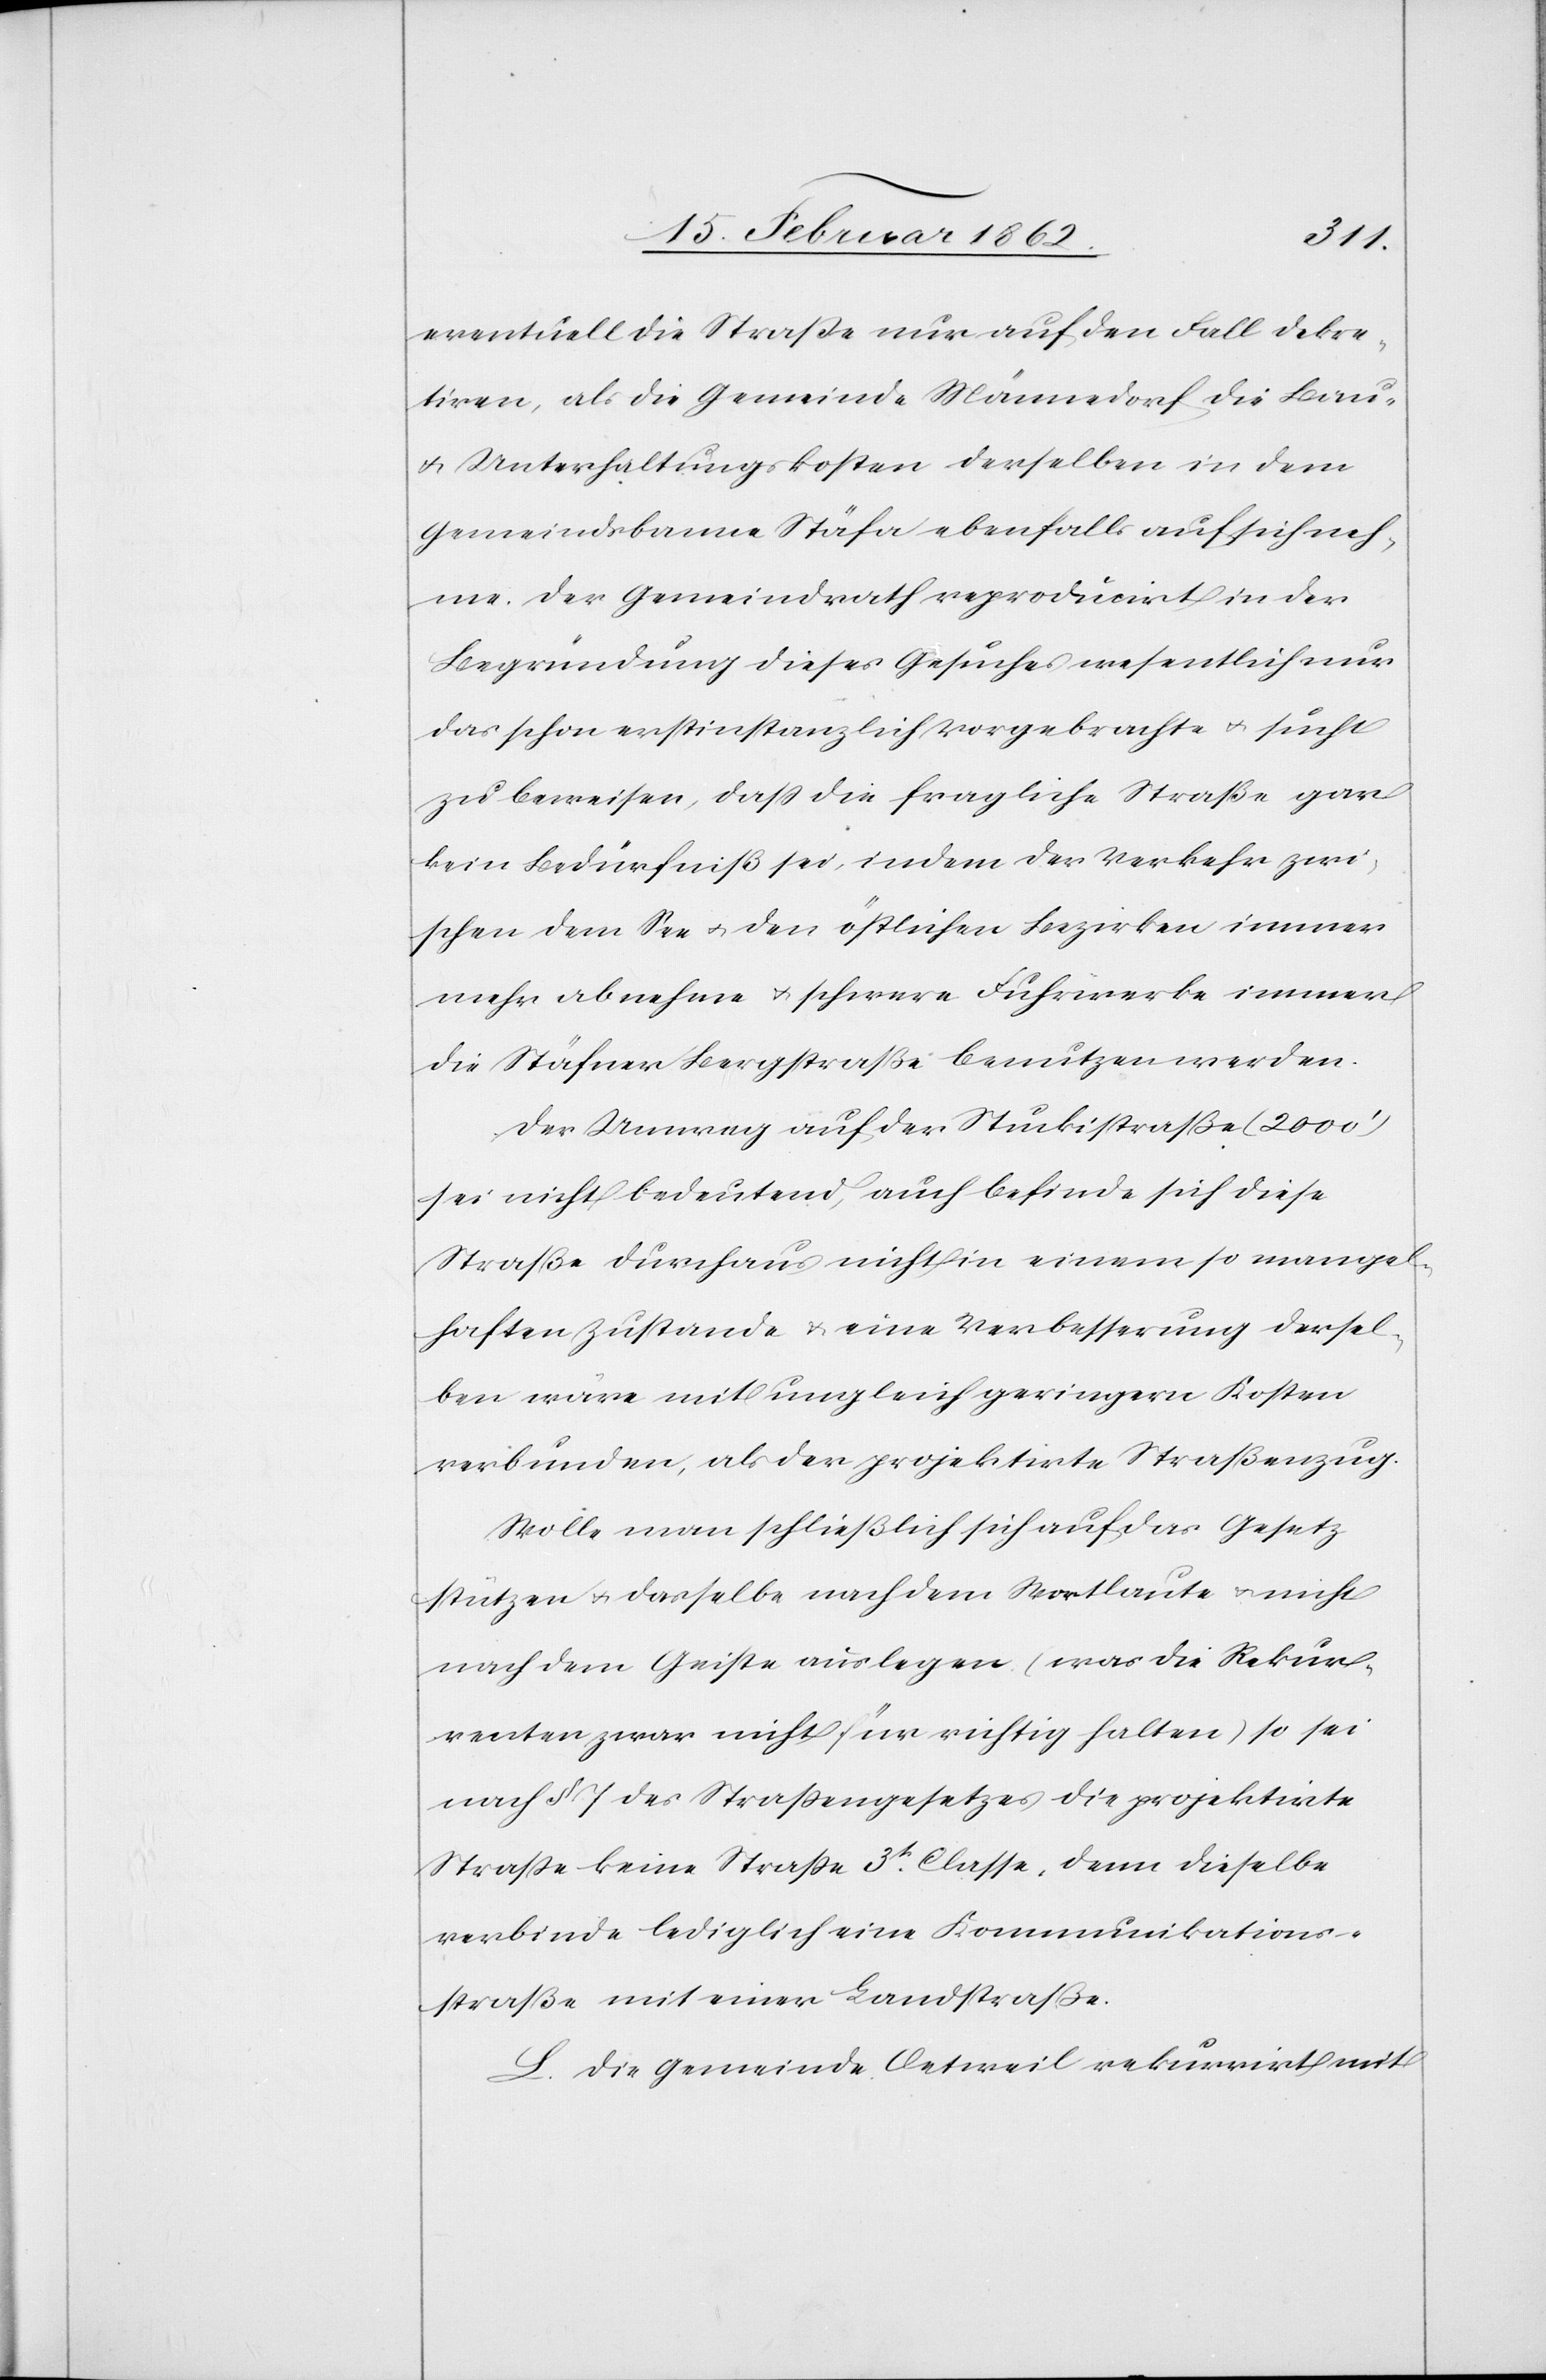
eventuell die Straße nur auf den Fall dekre¬
tiren, als die Gemeinde Männedorf die Bau-
u. Unterhaltungskosten derselben in dem
Gemeindsbanne Stäfa ebenfalls auf sich neh¬
me. Der Gemeindrath reproducirt in der
Begründung dieses Gesuches wesentlich nur
das schon erstinstanzlich Vorgebrachte u. sucht
zu beweisen, daß die fragliche Straße gar
kein Bedürfniß sei, indem der Verkehr zwi¬
schen dem See u. den östlichen Bezirken immer
mehr abnehme u. schwere Fuhrwerke immer
die Stäfner Bergstraße benutzen werden.
Der Umweg auf der Stuckistraße (2000’)
sei nicht bedeutend, auch befinde sich diese
Straße durchaus nicht in einem so mangel¬
haften Zustande u. eine Verbesserung dersel¬
ben wäre mit ungleich geringern Kosten
verbunden, als der projektirte Straßenzug.
Wolle man schließlich sich auf das Gesetz
stützen u. dasselbe nach dem Wortlaute u. nicht
nach dem Geiste auslegen (was die Rekur¬
renten zwar nicht für richtig halten) so sei
nach § 7 des Straßengesetzes die projektirte
Straße keine Straße 3t. Classe, denn dieselbe
verbinde lediglich eine Kommunikations¬
straße mit einer Landstraße.
L. Die Gemeinde Oetweil rekurrirt mit